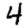
Digit: 4